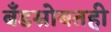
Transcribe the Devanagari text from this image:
बँडसोबतही